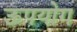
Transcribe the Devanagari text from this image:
ऊपयोग